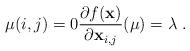
LaTeX: \begin{align*} \mu(i,j)=0 \frac{\partial f(\mathbf{x})}{\partial \mathbf{x}_{i,j}}(\mu)=\lambda\;. \end{align*}